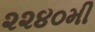
૨૨૪૦મી